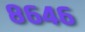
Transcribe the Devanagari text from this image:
८६४६